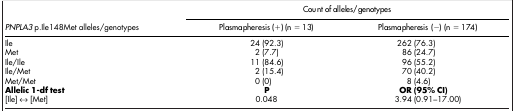
<table><thead><tr><td><b> </b></td><td colspan="2"><b>Count of alleles/genotypes</b></td></tr><tr><td><b><i>PNPLA3</i> p.Ile148Met alleles/genotypes</b></td><td><b>Plasmapheresis (+) (n = 13)</b></td><td><b>Plasmapheresis (−) (n = 174)</b></td></tr></thead><tbody><tr><td>Ile</td><td>24 (92.3)</td><td>262 (76.3)</td></tr><tr><td>Met</td><td>2 (7.7)</td><td>86 (24.7)</td></tr><tr><td>Ile/Ile</td><td>11 (84.6)</td><td>96 (55.2)</td></tr><tr><td>Ile/Met</td><td>2 (15.4)</td><td>70 (40.2)</td></tr><tr><td>Met/Met</td><td>0 (0)</td><td>8 (4.6)</td></tr><tr><td><b>Allelic 1-df test</b></td><td><b>P</b></td><td><b>OR (95% CI)</b></td></tr><tr><td>[Ile] ↔ [Met]</td><td>0.048</td><td>3.94 (0.91–17.00)</td></tr></tbody></table>